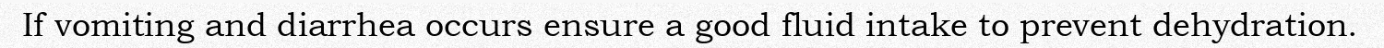
If vomiting and diarrhea occurs ensure a good fluid intake to prevent dehydration.